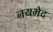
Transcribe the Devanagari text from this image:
नयभेद